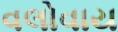
વલોવાય